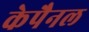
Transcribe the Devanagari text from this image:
केपैनल